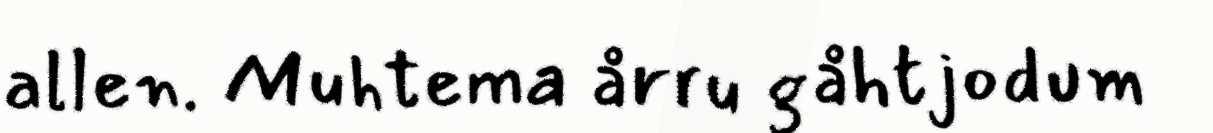
allen. Muhtema årru gåhtjodum